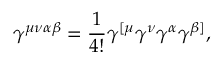
\gamma ^ { \mu \nu \alpha \beta } = \frac { 1 } { 4 ! } \gamma ^ { [ \mu } \gamma ^ { \nu } \gamma ^ { \alpha } \gamma ^ { \beta ] } ,